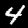
Digit: 4